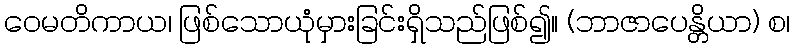
ဝေမတိကာယ၊ ဖြစ်သောယုံမှားခြင်းရှိသည်ဖြစ်၍။ (ဘာဇာပေန္တိယာ) စ၊